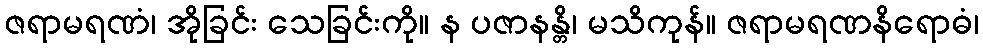
ဇရာမရဏံ၊ အိုခြင်း သေခြင်းကို။ န ပဇာနန္တိ၊ မသိကုန်။ ဇရာမရဏနိရောဓံ၊